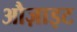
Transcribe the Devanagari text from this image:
औज़ाइट